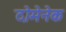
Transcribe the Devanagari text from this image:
दोमेनेक